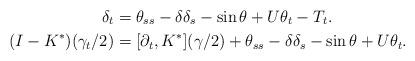
LaTeX: \begin{align*} \delta_t& =\theta_{ss}-\delta \delta_s -\sin \theta+U\theta_t-T_t.\\ (I-K^*)(\gamma_t/2) &=[\partial_t, K^*](\gamma/2)+\theta_{ss}-\delta \delta_s -\sin \theta+U\theta_t.\end{align*}